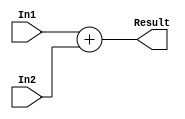
module Adder_ALU(
input [31:0] In1,
input [31:0] In2,
output reg [31:0] Result);
always@(*)
begin
Result= In1+In2;
end
endmodule